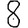
Digit: 8